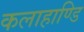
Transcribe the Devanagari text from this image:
कलाहाण्डि